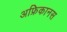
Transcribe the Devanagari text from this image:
अफ्रिकानस